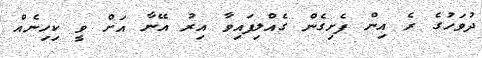
ދުވަހުގެ ރެ އިން ފެށިގެން ގެއްލިފައިވާ އިރު އޭނާ އަށް ވީ ކިހިނެއް